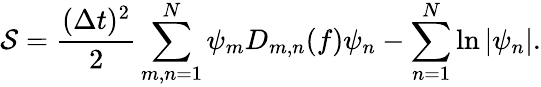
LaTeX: \mathcal{S}=\frac{(\Delta t)^{2}}{2}\sum_{m,n=1}^{N}\psi_{m}D_{m,n}(f)\psi_{n}-\sum_{n=1}^{N}\ln\left|\psi_{n}\right|.